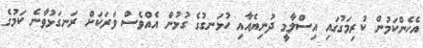
އެހެންކަމުން ކުރިމަގުގައި އިސްލާމީ ދުނިޔެއާއި ހުޅަނގުގެ ގުޅުން އެއްވެސް ވަރަކަށް ރަނގަޅުވާނެ ކަމުގެ